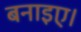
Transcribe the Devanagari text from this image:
बनाइए।